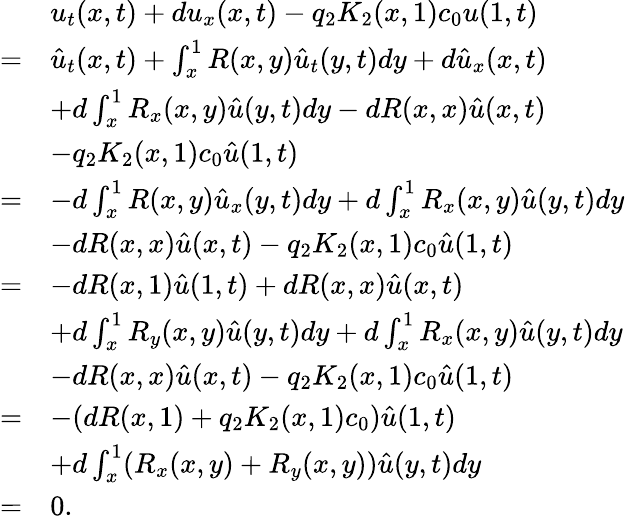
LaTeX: \begin{array}{rl}&{u_{t}(x,t)+du_{x}(x,t)-q_{2}K_{2}(x,1)c_{0}u(1,t)}\\ {=}&{\hat{u}_{t}(x,t)+\int_{x}^{1}R(x,y)\hat{u}_{t}(y,t)dy+d\hat{u}_{x}(x,t)}\\ &{+d\int_{x}^{1}R_{x}(x,y)\hat{u}(y,t)dy-dR(x,x)\hat{u}(x,t)}\\ &{-q_{2}K_{2}(x,1)c_{0}\hat{u}(1,t)}\\ {=}&{-d\int_{x}^{1}R(x,y)\hat{u}_{x}(y,t)dy+d\int_{x}^{1}R_{x}(x,y)\hat{u}(y,t)dy}\\ &{-dR(x,x)\hat{u}(x,t)-q_{2}K_{2}(x,1)c_{0}\hat{u}(1,t)}\\ {=}&{-dR(x,1)\hat{u}(1,t)+dR(x,x)\hat{u}(x,t)}\\ &{+d\int_{x}^{1}R_{y}(x,y)\hat{u}(y,t)dy+d\int_{x}^{1}R_{x}(x,y)\hat{u}(y,t)dy}\\ &{-dR(x,x)\hat{u}(x,t)-q_{2}K_{2}(x,1)c_{0}\hat{u}(1,t)}\\ {=}&{-(dR(x,1)+q_{2}K_{2}(x,1)c_{0})\hat{u}(1,t)}\\ &{+d\int_{x}^{1}(R_{x}(x,y)+R_{y}(x,y))\hat{u}(y,t)dy}\\ {=}&{0.}\end{array}